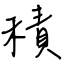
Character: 積